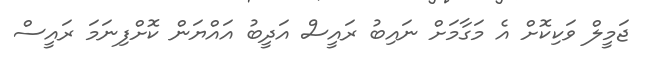
ޖަމީލް ވަކިކޮށް އެ މަގާމަށް ނައިބު ރައީސް އަދީބު އައްޔަން ކޮށްފިނަމަ ރައީސް